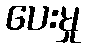
ပေးမှု